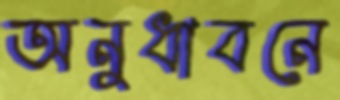
অনুধাবনে